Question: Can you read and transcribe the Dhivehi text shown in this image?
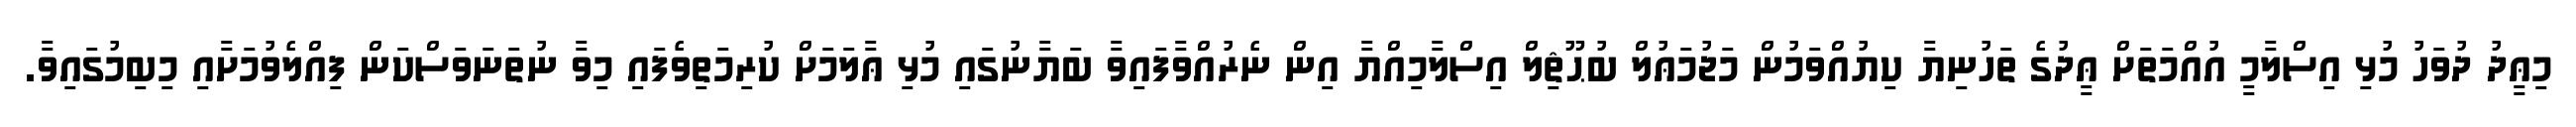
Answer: މިޢީދު ދުވަހު މުޅި އިސްލާމީ އުއްމަތަށް ޢީދުގެ ތަހުނިޔާ ކިޔުއްވަމުން މަޖުމަޢުލް ބުޙޫޘިލް އިސްލާމިއްޔާ އިން ނެރުއްވާފައިވާ ބަޔާނުގައި މުޅި ޢާލަމަށް ކުރިމަތިވެފައި މިވާ ނުތަނަވަސްކަން ފިއްލެވުމަށާއި މިބިމުގައިވާ.